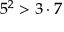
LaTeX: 5 ^ { 2 } > 3 \cdot 7